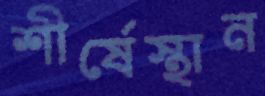
শীর্ষেস্থান